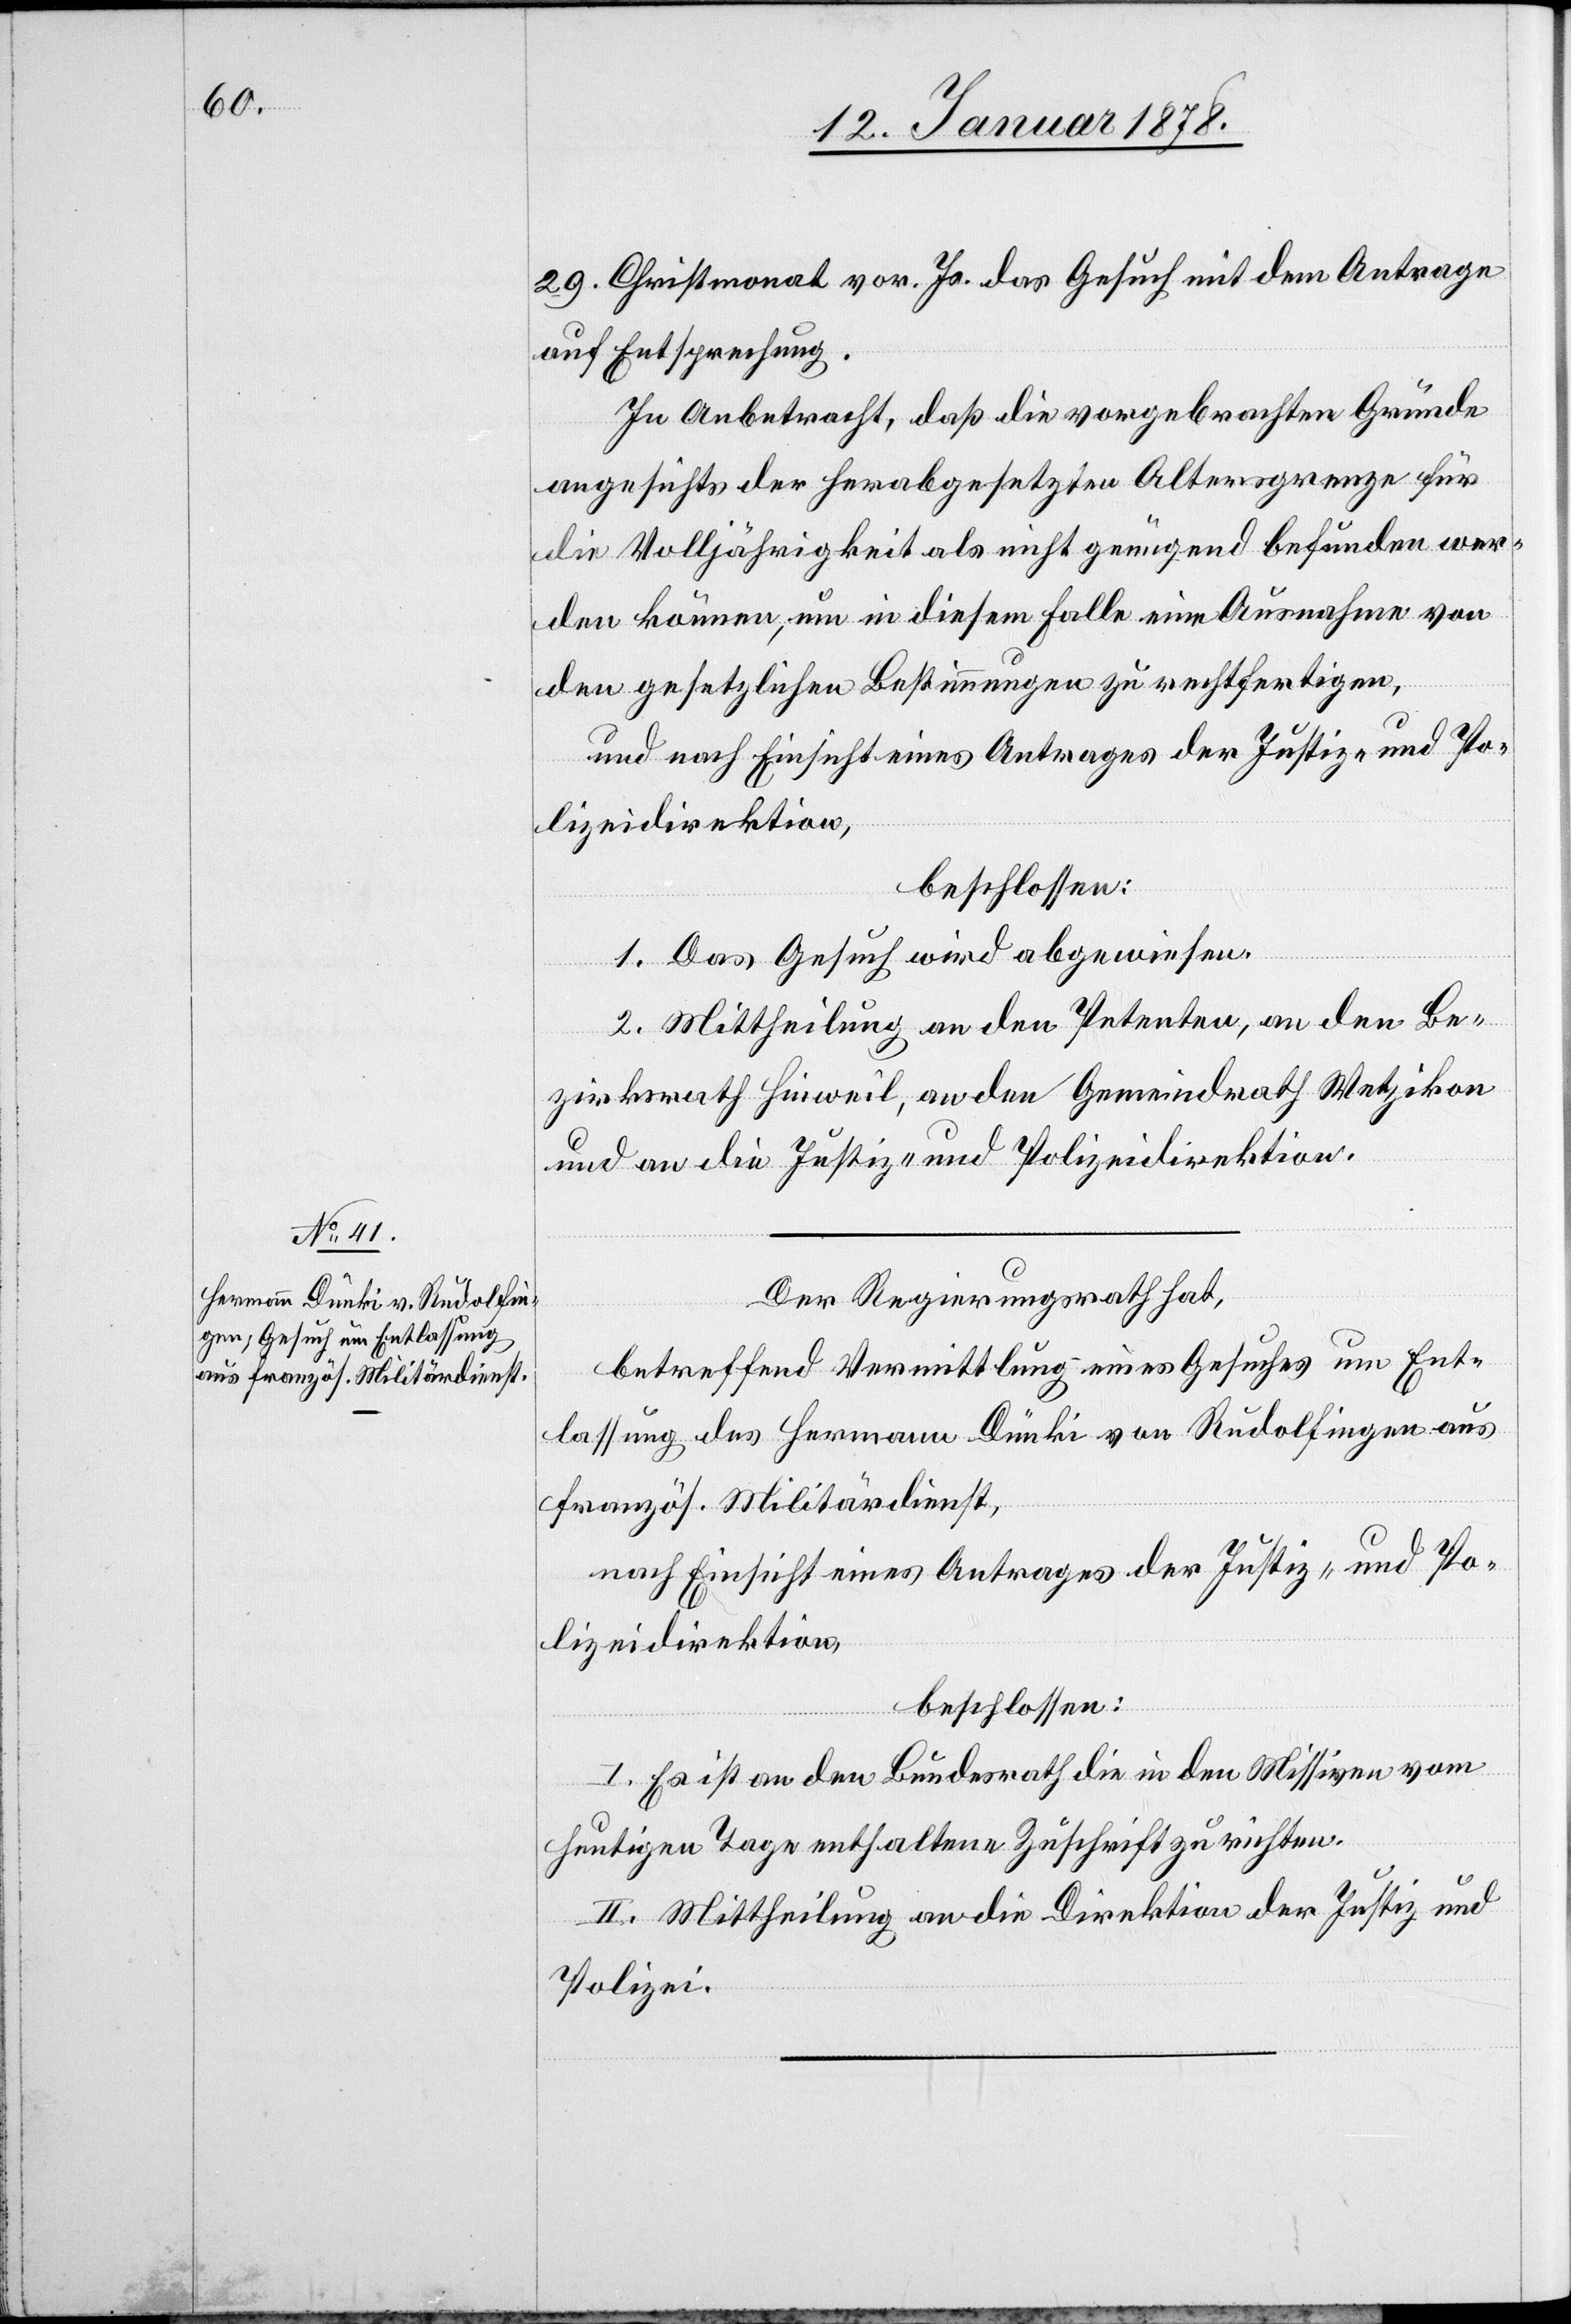
29. Christmonat vor. Js. das Gesuch mit dem Antrage
auf Entsprechung.
In Anbetracht, daß die vorgebrachten Gründe
angesichts der herabgesetzten Altersgrenze für
die Volljährigkeit als nicht genügend befunden wer¬
den können, um in diesem Falle eine Ausnahme von
den gesetzlichen Bestimmungen zu rechtfertigen,
und nach Einsicht eines Antrages der Justiz- und Po¬
lizeidirektion,
beschlossen:
1. Das Gesuch wird abgewiesen.
2. Mittheilung an den Petenten, an den Be¬
zirksrath Hinweil, an den Gemeindrath Wetzikon
und an die Justiz- und Polizeidirektion.
Der Regierungsrath hat,
betreffend Vermittlung eines Gesuches um Ent¬
lassung des Hermann Dünki von Rudolfingen aus
französ. Militärdienst,
nach Einsicht eines Antrages der Justiz- und Po¬
lizeidirektion,
beschlossen:
I. Es ist an den Bundesrath die in den Missiven vom
heutigen Tage enthaltene Zuschrift zu richten.
II. Mittheilung an die Direktion der Justiz und
Polizei.